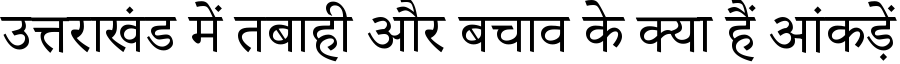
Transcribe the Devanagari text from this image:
उत्तराखंड में तबाही और बचाव के क्या हैं आंकड़ें